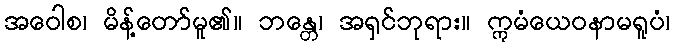
အဝေါစ၊ မိန့်တော်မူ၏။ ဘန္တေ၊ အရှင်ဘုရား။ ဣမံယေဝနာမရူပံ၊